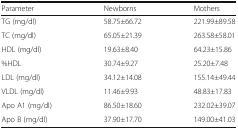
<table><thead><tr><td><b>Parameter</b></td><td><b>Newborns</b></td><td><b>Mothers</b></td></tr></thead><tbody><tr><td>TG (mg/dl)</td><td>58.75±66.72</td><td>221.99±89.58</td></tr><tr><td>TC (mg/dl)</td><td>65.05±21.39</td><td>263.58±58.01</td></tr><tr><td>HDL (mg/dl)</td><td>19.63±8.40</td><td>64.23±15.86</td></tr><tr><td>%HDL</td><td>30.74±9.27</td><td>25.20±7.48</td></tr><tr><td>LDL (mg/dl)</td><td>34.12±14.08</td><td>155.14±49.44</td></tr><tr><td>VLDL (mg/dl)</td><td>11.46±9.93</td><td>48.83±17.83</td></tr><tr><td>Apo A1 (mg/dl)</td><td>86.50±18.60</td><td>232.02±39.07</td></tr><tr><td>Apo B (mg/dl)</td><td>37.90±17.70</td><td>149.00±41.03</td></tr></tbody></table>